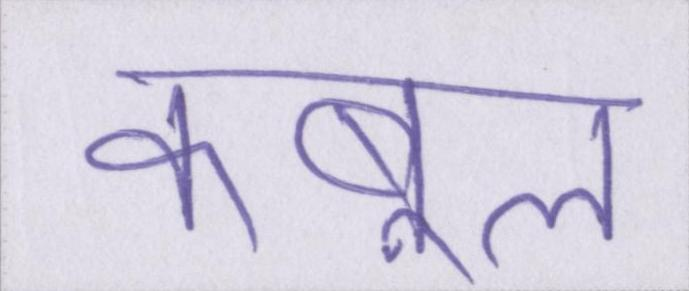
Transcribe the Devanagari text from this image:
कबूल